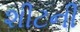
શીટની